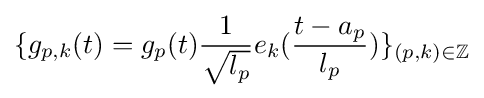
\{g_{p,k}(t)=g_{p}(t){\frac {1}{\sqrt {l_{p}}}}e_{k}({\frac {t-a_{p}}{l_{p}}})\}_{(p,k)\in \mathbb {Z} }